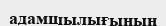
адамшылығының